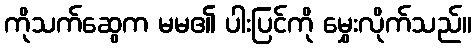
ကိုသက်ဆွေက မမ၏ ပါးပြင်ကို မွှေးလိုက်သည်။